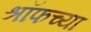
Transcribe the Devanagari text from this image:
श्रॉफच्या